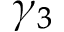
\gamma _ { 3 }